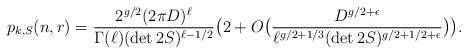
LaTeX: \begin{align*} p_{k,S}(n,r) = \frac{ 2^{g/2} (2\pi D)^\ell}{\Gamma(\ell)(\det 2S)^{\ell-1/2}}\big(2+ O\big( \frac{D^{g/2+\epsilon}}{\ell^{g/2+1/3}(\det 2S)^{g/2+1/2+\epsilon}} \big) \big).\end{align*}